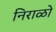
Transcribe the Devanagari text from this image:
निराळो